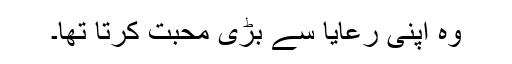
وہ اپنی رعایا سے بڑی محبت کرتا تھا۔